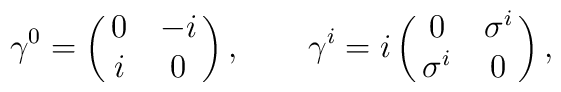
\gamma^0=\left( \matrix{ 0&-i\cr i&0\cr }\right),\qquad\gamma^i=i\left(\matrix{ 0&\sigma^i\cr \sigma^i &0\cr}\right),